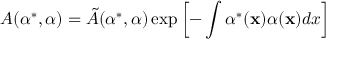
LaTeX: A ( \alpha ^ { * } , \alpha ) = \tilde { A } ( \alpha ^ { * } , \alpha ) \exp \left[ - \int \alpha ^ { * } ( { \bf x } ) \alpha ( { \bf x } ) d x \right]